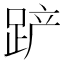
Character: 𰸎